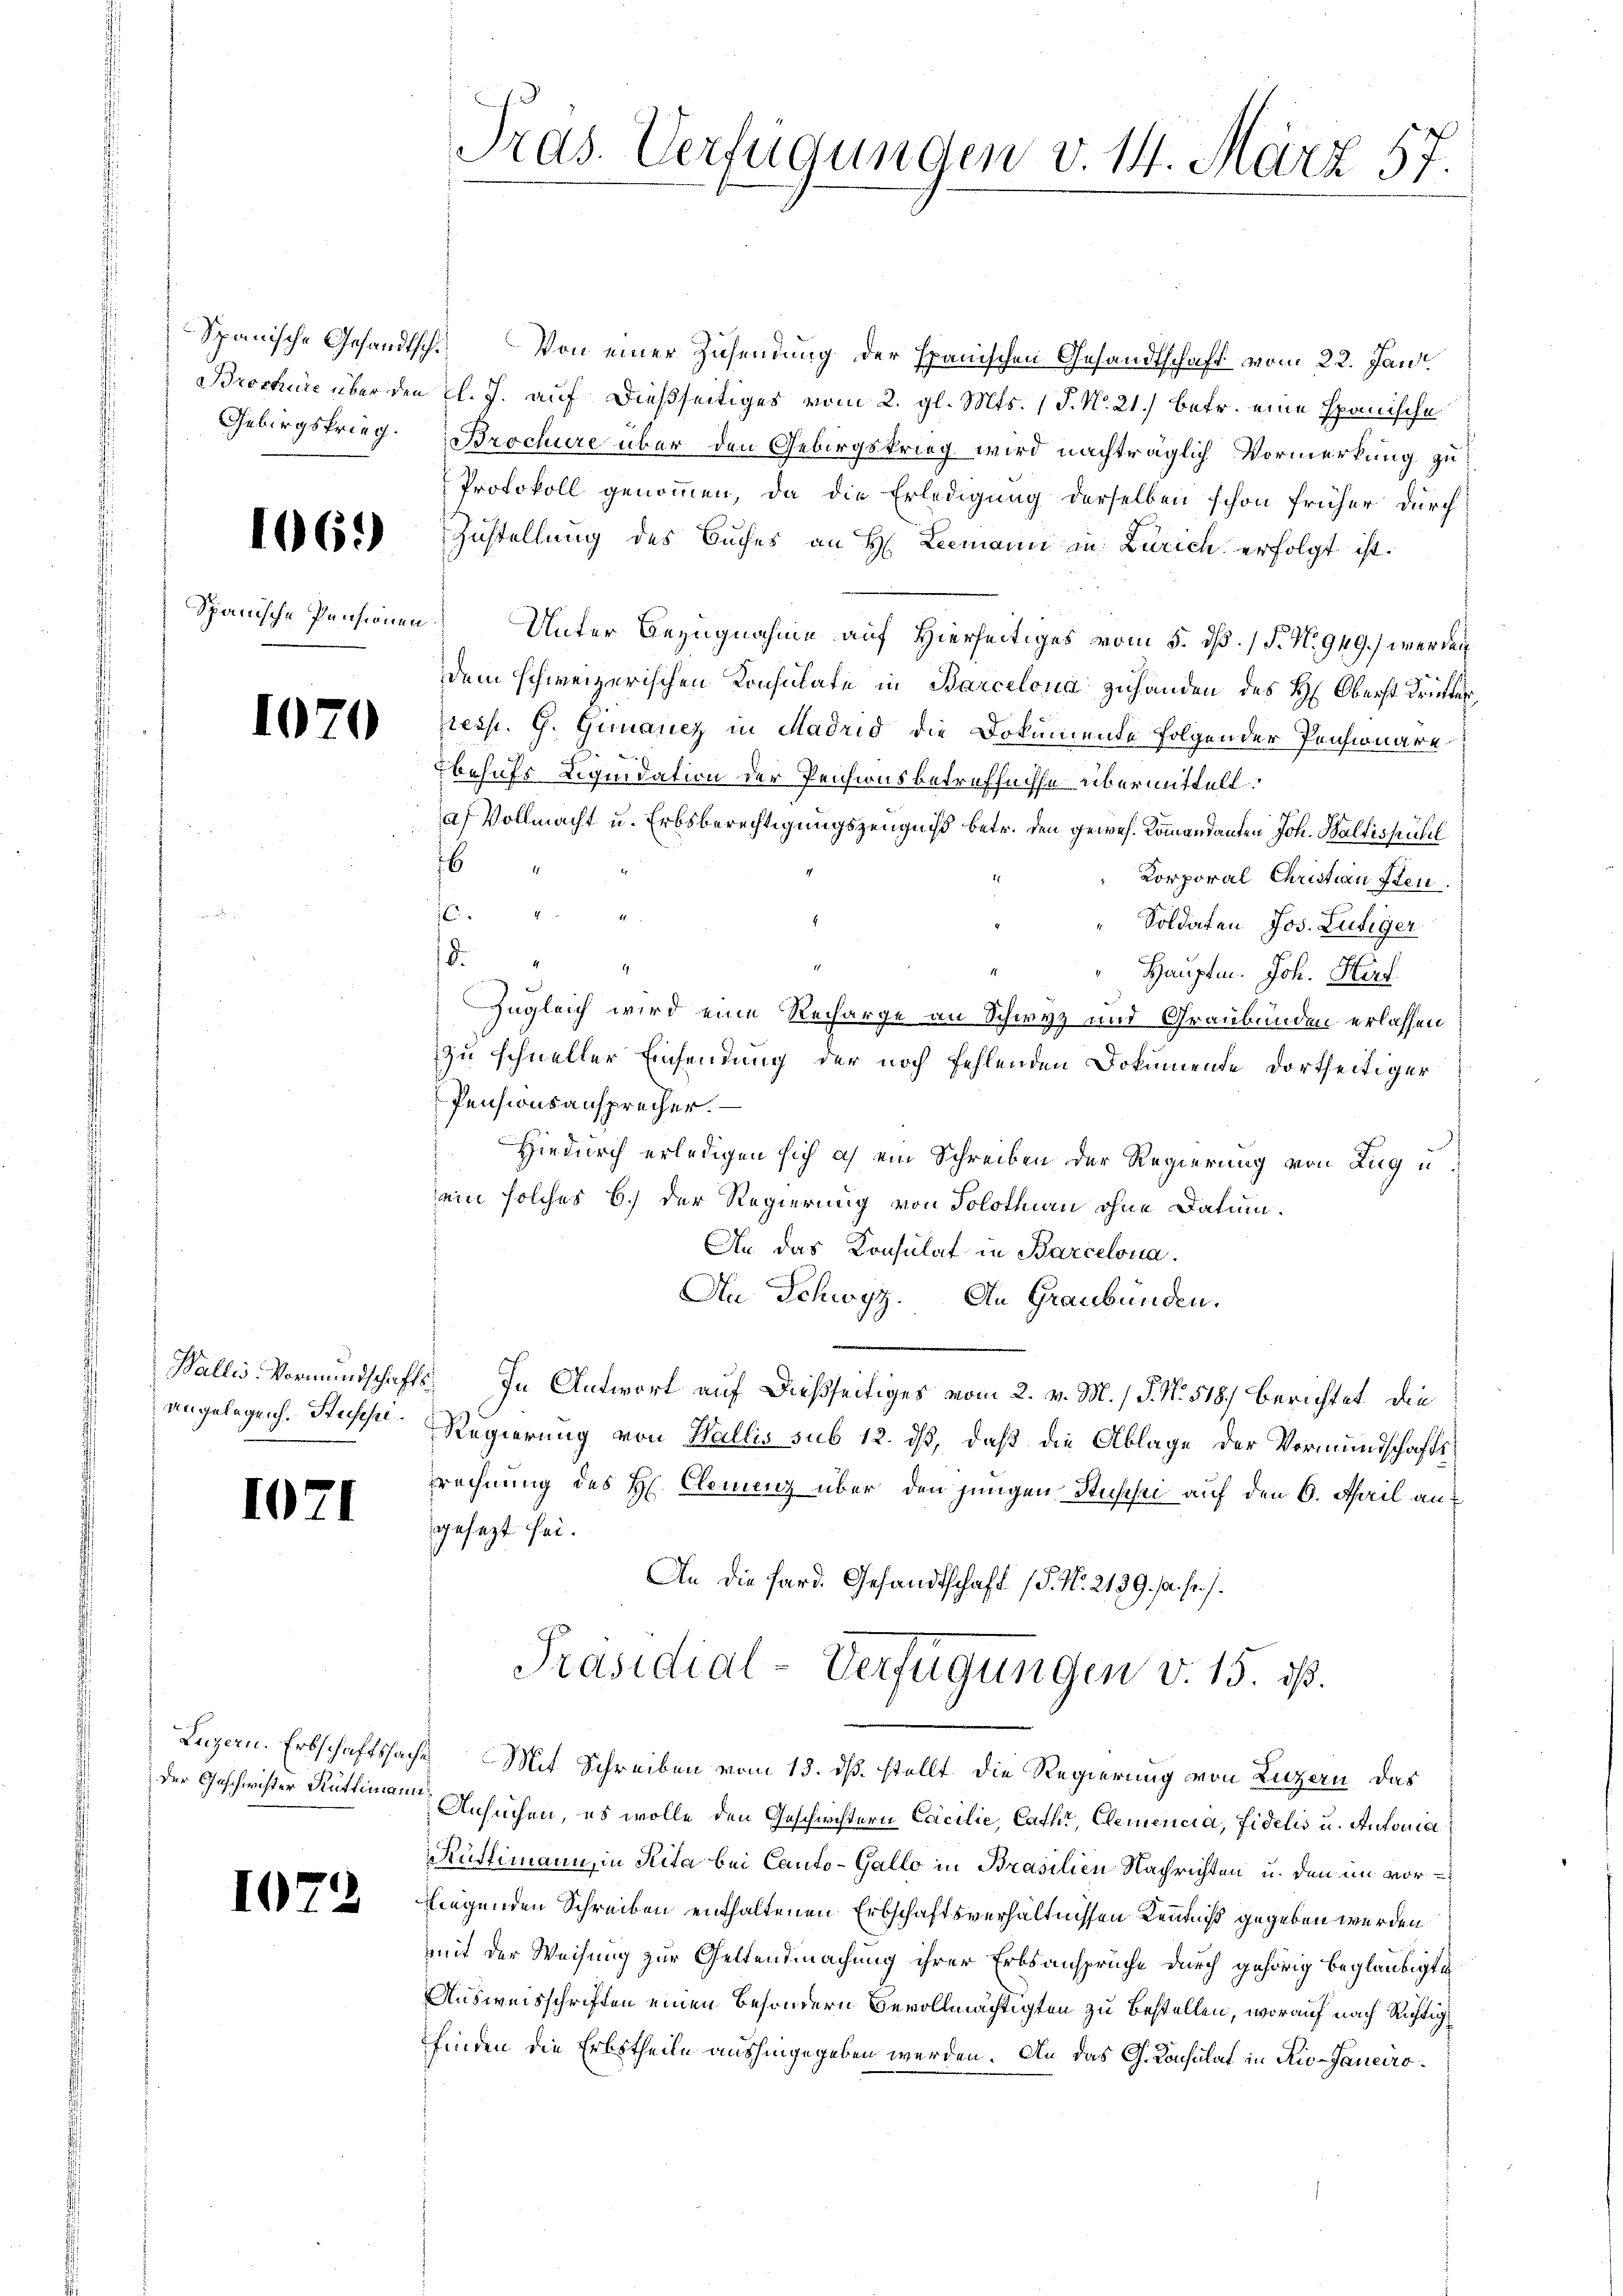
Gebirgskrieg.

1669

Spanische Pensionen

I

angelegen. Stupsi.

1

102

)

Pras. Verfügungen v. 14. März 57

Spanische Gesandtsch. Von einer Zusendung der spanischen Gesandtschaft vom 22. Jan
Brochüre über den l. J. auf dießseitiges vom 2. gl. Mts. 1. No. 21.) betr. eine Spanische
Brochüre über den Gebirgskrieg wird nachträglich Vormerkung zu
Protokoll genommen, da die Erledigung derselben schon früher durch
Zustellung des Buches an H. Leemann in Zürich erfolgt ist.
Unter Bezugnahme auf Hierseitiges vom 5. ds. (T. No. 949.) werden
dem schweizerischen Konsulate in Barcelona zuhanden des H: Oberst drucker,
presst. G. Genanez in Madrid die Dokumente folgender Pensionäre
behufs Liquidation der Pensionsbetreffnisse übermittelt.
a) Vollmacht u. Erbsberechtigungszeugniß betr. den gewes. Kommandanten Joh. Waltispühl
76
Korporal Christinsten.
44
Soldaten Jos. Lutiger
d.
1
Hauptm. Joh. Hef
Zugleich wird eine Recharge an Schwyz und Graubünden erlassen
zu schneller Einsendung der noch fehlenden Dokumende dortheiliger
Pensionsansprücher.
Hiedurch erledigen sich ich ein Schreiben der Regierung von Zug u
ein solches b.) der Regierung von Solothurn ohne Datum.
An das Konsulat in Barcelona.
An Schwyz. An Graubünden.
Wallis Vormundschafts, In Antwort auf dießseitiges vom 2. v. M. / P. N. 518. berichtet die
Regierung von Wallis sub 12. ds, daß die Ablage der Vormundschaftsrechnung des H. Clemenz über den jungen Stüschei auf den 6. April an
gesezt sei.
An die Hard. Gesandtschaft (S. Nr. 2139, s. fr. s.
Präsidial-Verfügungen v. 15. ds.
Luzern. Erbschaftssache Mit Schreiben vom 13. ds. stellt die Regierung von Luzern, das
der Geschwister Rüttimann Ansuchen, es wolle den Geschrichtern Cocilie, Cathe, Clemencia, Fidelis u. Antonia
Rüttimann, in Rita bei Canto-Gallo in Brasilien Nachrichten u. den im vorfiegenden Schreiben enthaltenen Erbschaftsverhältnissen Kenntniß gegeben werden
mit der Weisung zur Geltendmachung ihrer Erbsansprüche durch gehörig beglaubigte
Ausweisschriften einen besondern Bevollmächtigten zu bestellen, worauf nach Richtig
finden die Erbstheile aushingegeben werden. An das G. Konsulat in Rio-Janeiro